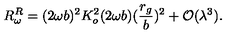
R _ { \omega } ^ { R } = ( 2 \omega b ) ^ { 2 } K _ { o } ^ { 2 } ( 2 \omega b ) ( \frac { r _ { g } } { b } ) ^ { 2 } + { \cal O } ( \lambda ^ { 3 } ) .